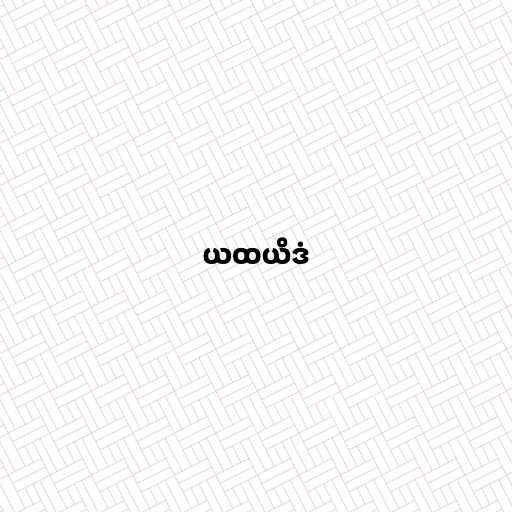
ယထယိဒံ